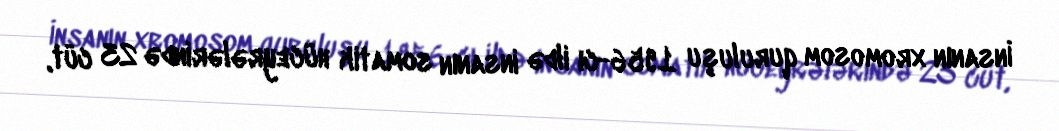
İnsanın xromosom quruluşu 1956-cı ildə insanın somatik hüceyrələrində 23 cüt,